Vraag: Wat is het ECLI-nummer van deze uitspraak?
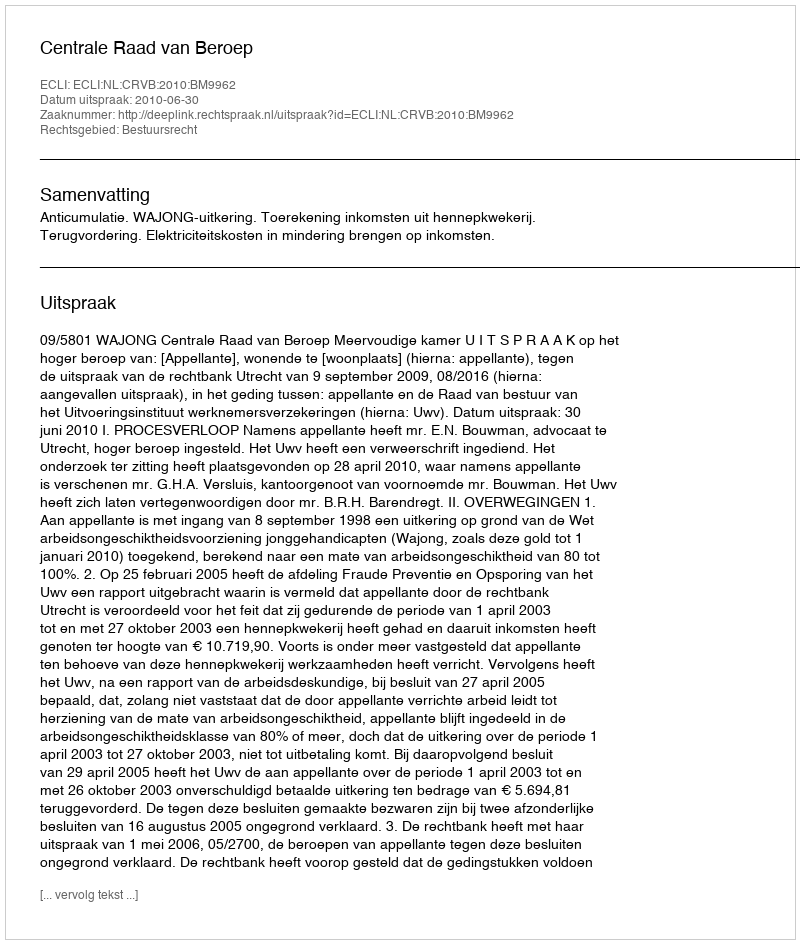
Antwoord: ECLI:NL:CRVB:2010:BM9962